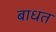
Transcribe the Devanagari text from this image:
बाधत